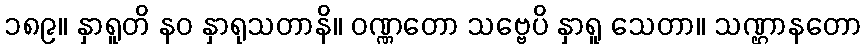
၁၈၉။ နှာရူတိ နဝ နှာရုသတာနိ။ ဝဏ္ဏတော သဗ္ဗေပိ နှာရူ သေတာ။ သဏ္ဌာနတော